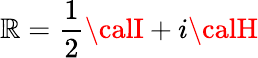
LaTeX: {\cal\mathbb{R}}=\frac{1}{2}{\calI}+i{\calH}